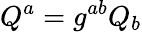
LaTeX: Q^{a}=g^{ab}Q_{b}